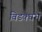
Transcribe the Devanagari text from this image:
विडक्घभ